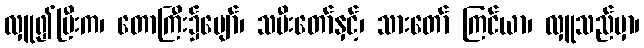
လှူ၍ပြီးက၊ တောကြီး၌ပျော်၊ သမီးတော်နှင့်၊ သားတော် ကြင်ယာ၊ လှူသည်မှာ၊